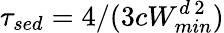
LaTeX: \tau_{sed}=4/(3cW_{min}^{d\, 2})